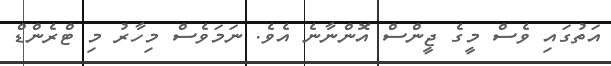
އަތުގައި ވެސް މީގެ ޖީންސް އޮންނާނެ އެވެ. ނަމަވެސް މިހާރު މި ޓްރެންޑް